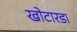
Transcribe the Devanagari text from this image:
खोटारडा